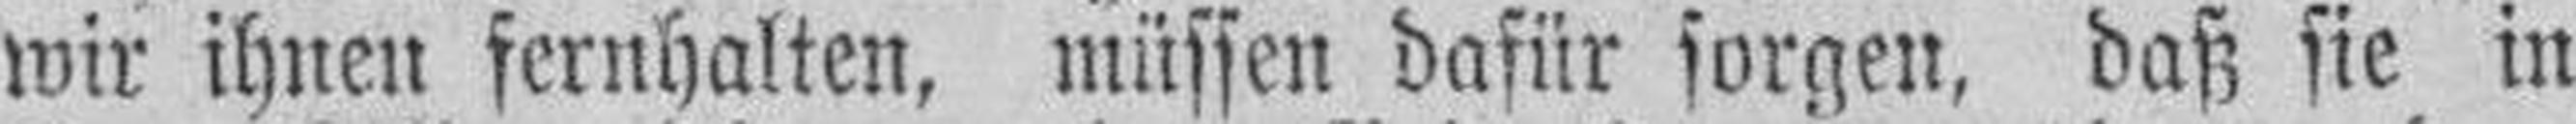
wir ihnen fernhalten, müssen dafür sorgen, daß sie in